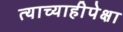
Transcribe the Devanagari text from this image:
त्याच्याहीपेक्षा